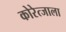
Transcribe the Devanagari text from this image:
कोरेत्जाला